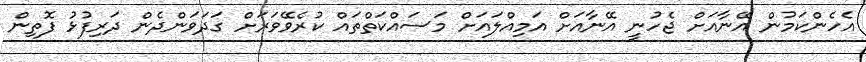
އެހެންކަމުން އޭނާއަށް ޖެހުނީ އޭނާއަށް އަމިއްލައަށް މަސައްކަތްތައް ކުރެވޭވަރަށް ގަދަވަންދެން ދަރިފުޅު ފޮތިން